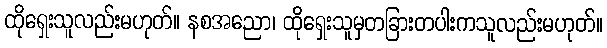
ထိုရှေးသူလည်းမဟုတ်။ နစအညော၊ ထိုရှေးသူမှတခြားတပါးကသူလည်းမဟုတ်။